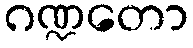
ဂဏ္ဍတော